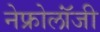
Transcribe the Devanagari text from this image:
नेफ्रोलॉंजी